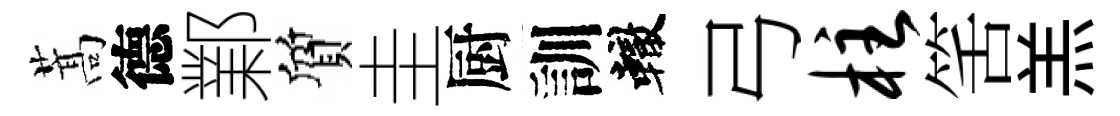
蒿德鄴質圭厨訓轍弓柱筈羔